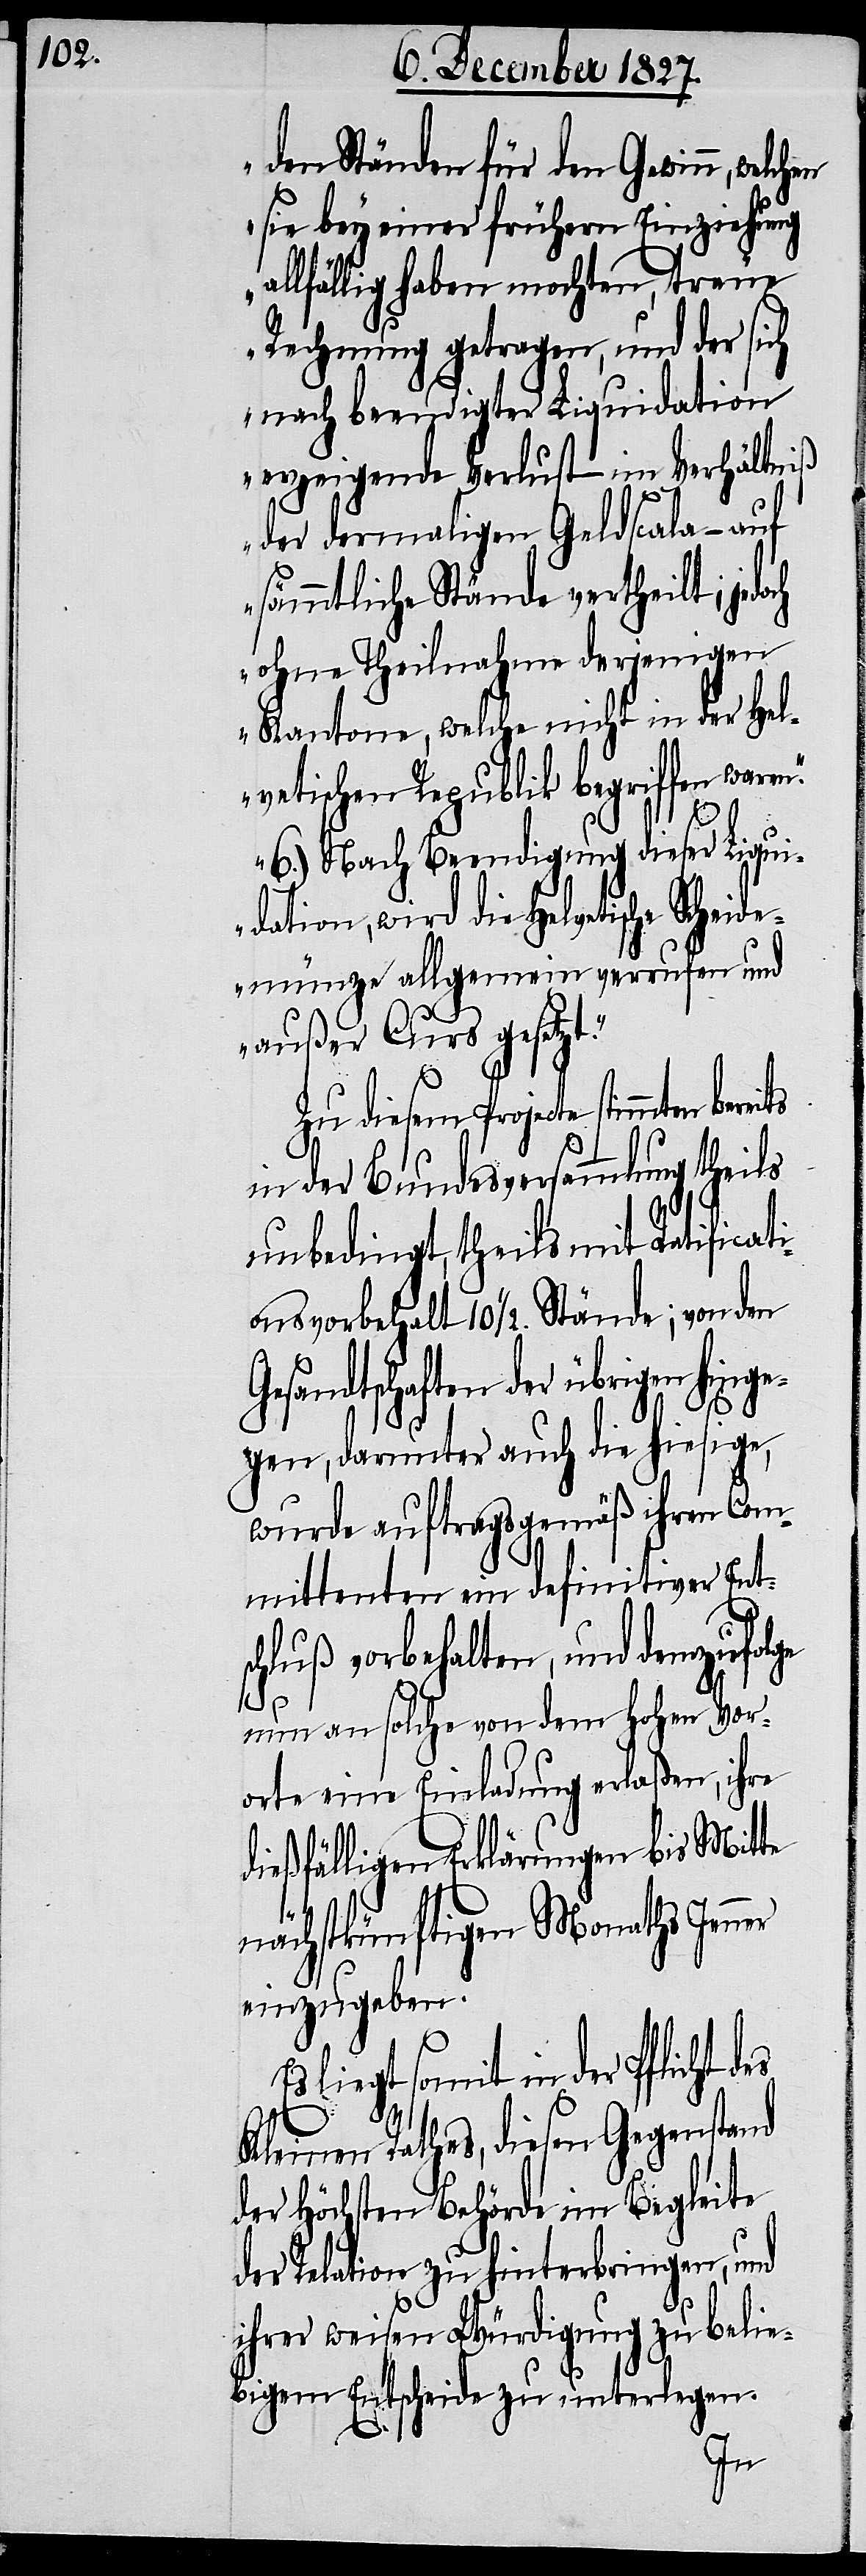
den Ständen für den Gewinn,
sie bey einer frühern Einziehung
llfällig haben mochten, treue
Rechnung getragen, und der sich
nach beendigter Liquidation
erzeigende Verlust im Verhältniß
der dermaligen Geldscala – auf
sämmtliche Stände vertheilt, jedoch
ohne Theilnahme derjenigen
Kantone, welche nicht in der Hel¬
vetischen Republik begriffen waren.
6.) Nach Beendigung dieser Liqui¬
dation, wird die Helvetische Scheide¬
münze allgemein verrufen und
außer Curs gesetzt.“
Zu diesem Projecte stimmten
in der Bundesversammlung theils
unbedingt, theils mit Ratificat¬
ionsvorbehalt 10 ½. Stände; von den
Gesandtschaften der übrigen hinge¬
gen, darunter auch die hiesige,
a¬
wurde auftragsgemäß ihren Com¬
mittenten ein definitiver Ents¬
chluß vorbehalten, und demzufolge
nun an solche von dem Hohen Vor¬
orte eine Einladung erlaßen, ihre
dießfälligen Erklärungen bis Mitte
nächstkünftigen Monaths Jenner
einzugeben.
liebt somit in der Pflicht
Kleine Rathes, diesen Gegenstand
der Höchsten Behörde im Begleite
der Relation zu hinterbringen, und
ihrer weisen Würdigung zu belie¬
bigem Entscheide zu unterlegen.